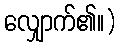
လျှောက်၏။)